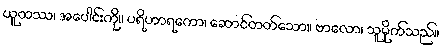
ယူထဿ၊ အပေါင်းကို။ ပရိဟာရကော၊ ဆောင်တတ်သော။ ဗာလော၊ သူမိုက်သည်။